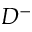
D ^ { - }